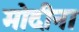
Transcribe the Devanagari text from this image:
मोदीना